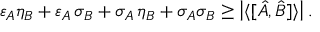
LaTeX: \varepsilon _ { A } \eta _ { B } + \varepsilon _ { A } \, \sigma _ { B } + \sigma _ { A } \, \eta _ { B } + \sigma _ { A } \sigma _ { B } \geq \left| \langle [ { \hat { A } } , { \hat { B } } ] \rangle \right| .